King Institute of Preventive Medicine Micro-Biological Section reports 1909-11
Year: 1909
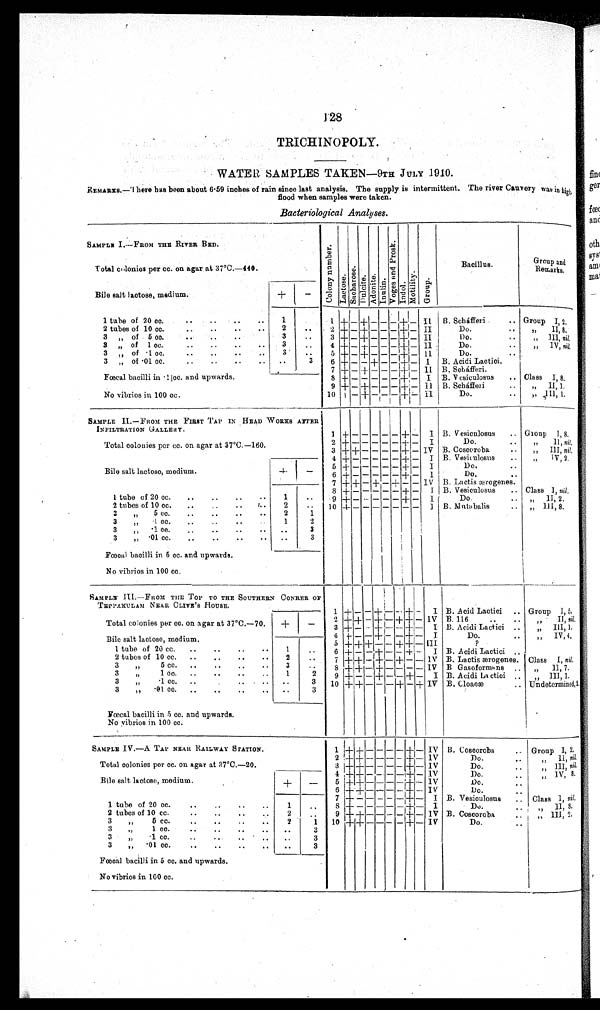
128
TRICHINOPOLY.
WATER SAMPLES TAKEN-9TH JULY 1910.
REMARKS.–There has been about 6·59 inches of rain since last analysis. The supply is intermittent. The river Cauvery way in high
flood when samples were taken.
Bacteriological Analyses.
SAMPLE I.–FROM THE RIVER BED.
C o l o n y n u m b e r .
Lact ose.Sacharose.
Dul c i t e.
Adoni t e.Inulin. V o g e s a n d P r o s k .
Indol.Mot i l i t y.Group.
Bacillus.
Groupand
Remarks
Total colonies per cc. on agar at 37°C.–440.
Bile salt lactose, medium.
+
−
1 tube of 20 cc.
1 1 + − + − − − +
−
II
B. Scháfferi
Group I, 2.
2 tubes of 10 cc.
2
2
+ − + − − −
+ − II
Do.
,, II,8,
3 „ of 5 cc.
3
3 +
− + − − −
+
− II
Do.
„ III,
nil,
3 „ of 1 cc
3
4 +
−
+ − − −
+
−
II
Do.
„ IV, nil,
3 „ of ·1 cc.
3
5 + − + − − −
+
−
II
Do.
3 „ of ·01 cc.
3
6 + − − + − −
+
−
I
B. Acidi Lactici.
Fœcal bacilli in ·1 cc. and upwards.
7 + −
+
− − −
+
− II B. Seháfferi.
8
+ − − − − −
+
−
I B. Vesiculosus
Class I, 8.
No vibrios in 100 cc.
9
+
− +
− − −
+
−
II
B. Scháfferi
„ II, 1.
10
+
−
+
− − −
+
− II
Do.
„ III, 1.
SAMPLE II. —FROM THE FIRST TAP IN HEAD WORES AFTER
INFILTRATION GALLERY.
Total colonies per cc. on agar at 37°C.-160.
1 + − − − − −
+
−
I B. Vesiculosus
Group 1, 8.
2
+
− − − − −
+
−
I
Do.
„ II, nil,
Bile salt lactose, medium.
+
−
3 + + − − − − + − IV B. Coscoroba
„ III, nil,
4
+
− − − − −
+
−
I B. Vesiculosus
„ IV, 2.
5
+
− − − − −
+
−
I
Do.
6 + − − − − −
+
−
I
Do.
1 tube of 20 cc.
1
7 + + − + − + − − IV B. Lactis ærogenes.
8 + − − − − −
+
−
I B. Vesiculosus
Class I, nil,
9
+
− − − − −
+
−
Do.
„ II, 2.
2 tubes of 10 cc.
2
10
+
− − − − −
+
−
I B. Nutabalis
„ III, 8.
3 „ 5 cc.
2
1
3 „ ·1 cc.
1
2
3„·1 ce.
3
3 „ ·01 cc.
3
Fœcal bacilli in 5 cc. and upwards.
No vibrios in 100
cc.
SAMPLE III.—FROM THE TOP TO THE SOUTHERN CONRER O
F TEPPAKULAM NEAR CLIVE'S HOUSE.
Total colonies per cc. on agar at 37°C.-70.
+
−
1
+
−
−
+
− −
+
−
I B. Acid Lactici
Group 1,5.
2
+ +
−
+
−
+ +
− IV B. 116
„ II, nil,
3
+
−
−
+
−
−
+
−
I B. Acidi Lactici
„ III,I.
Bile salt lactose, medium
4
+
−
−
+
− −
+
−
I
Do.
„ IV,4.
5
+ + +
− −
+ +
−
III
?
1 tube of 20 cc.
1
6
+
− −
+
− −
+
−
I B. Acidi Lactici
2 tubes of 10 cc.
2
7
+ +
−
+
−
+
− − IV B. Lactis ærogenes. Class I, nil,
3 „ 5 cc.
3
8
+ +
−
+
− − − −
IV B GasoformAns
II, 7.
3 „ 1 cc.
1
2
9
+
−
−
+
− −
+
−
I B. Acidi Lactici
„ III, 1.
3 „ ·1 cc.
3
10
+ +
− − −
+
−
+
IV B. Cloacæ
Undetermined,
2
3 „ ·01 cc.
3
Fœcal bacilli in 5 cc. and upwards.
No vibrios in 100 cc.
SAMPLE IV,-A TAP NEAR RAILWAY STATION.
1
+ +
− − −
−
+
−
IV B. Coscoroba
Group I, 2.
2
+ +
− − − −
+
−
IV
Do.
,, II, nil,
Total colonies per cc. on agar at 37°C.-20.
3
+ +
− − − −
+
−
IV
Do.
,, III, nil
4
+ +
− − − −
+
−
IV
Do.
,, IV, 8.
Bile salt lactose, medium.
+
−
5
+ +
− − − −
+
−
IV
Do.
6
+ +
− − − −
+
− IV
Do.
1 tube of 20 cc.
1
7
+
− − − − −
+
−
I B. Vesiculosus
Class I, nil.
8
+
− − − − −
+
−
I
Do.
,, II 8.
2 tubes of 10 cc.
2
9
+ +
− − − −
+
− IV B. Coscoroba
,, III, 2.
3 „ 5 cc.
2
1
10
+ +
− − − −
+
−
IV
Do.
3 „ 1 cc.
3
3 „ ·1 cc.
3
3 „ ·01 cc.
3
Fœcal bacilli in 5 cc. and upwards.
No vibrios in 100 cc.